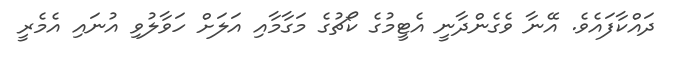
ދައްކާފައެވެ. އޭނާ ވެގެންދާނީ އެޓީމުގެ ކޯޗުގެ މަގާމާއި އަލަށް ހަވާލުވި އުނައި އެމެރީ